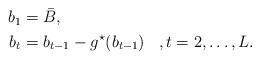
\begin{align*}\begin{aligned}b_1&=\bar{B},&&\\b_t&=b_{t-1}-g^\star(b_{t-1})&&,t=2,\ldots,L.\end{aligned}\end{align*}